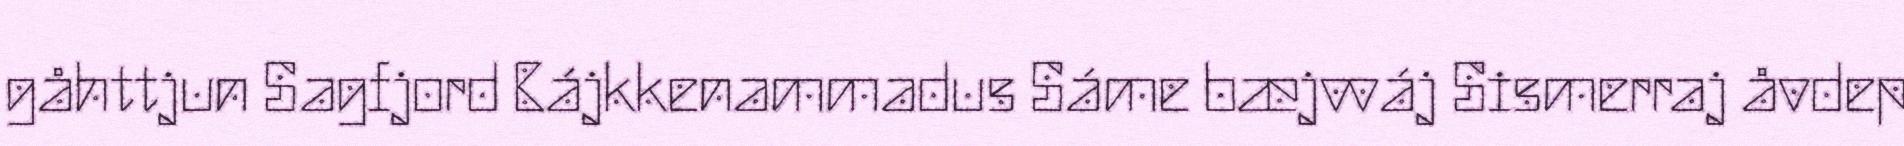
gåhttjun Sagfjord Bájkkenammadus Sáme bæjvváj Sismerraj åvdep